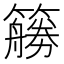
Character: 𰪜